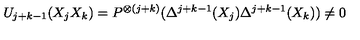
U _ { j + k - 1 } ( X _ { j } X _ { k } ) = P ^ { \otimes ( j + k ) } ( \Delta ^ { j + k - 1 } ( X _ { j } ) \Delta ^ { j + k - 1 } ( X _ { k } ) ) \not = 0